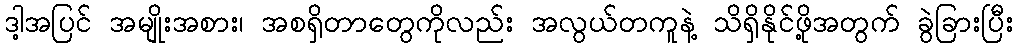
ဒါ့အပြင် အမျိုးအစား၊ အစရှိတာတွေကိုလည်း အလွယ်တကူနဲ့ သိရှိနိုင်ဖို့အတွက် ခွဲခြားပြီး